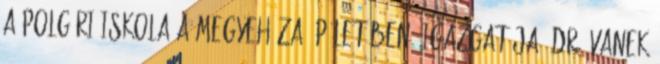
a polgári iskola a Megyeháza épületében. Igazgatója: Dr. Vanek